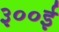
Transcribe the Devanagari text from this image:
३००ई